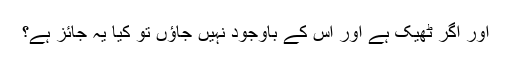
اور اگر ٹھیک ہے اور اس کے باوجود نہیں جاؤں تو کیا یہ جائز ہے؟